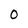
Character: 0